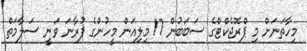
މިހާތަނަށް މި ޕްރޮޖެކްޓްގެ ސަބަބުން 17 މިލިއަން މީހުންގެ ފުރާނަ ވަނީ ސަލާމަތް